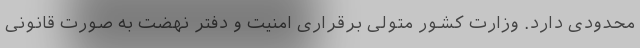
محدودی دارد. وزارت کشور متولی برقراری امنیت و دفتر نهضت به صورت قانونی